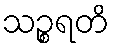
သဉ္စရတိ